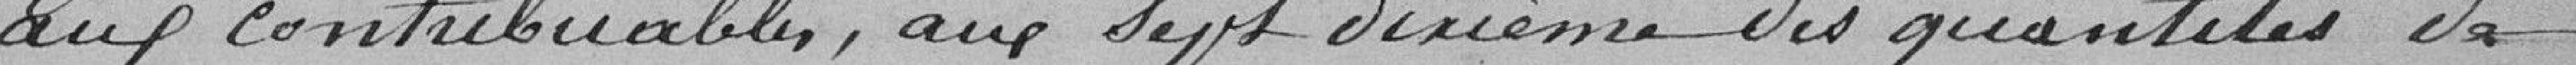
aux contribuables, aux sept dixième des quantités de